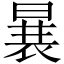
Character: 𱢒